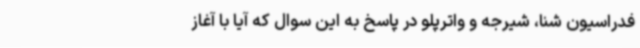
فدراسیون شنا، شیرجه و واترپلو در پاسخ به این سوال که آیا با آغاز